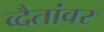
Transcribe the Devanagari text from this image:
व्दैतांवर